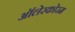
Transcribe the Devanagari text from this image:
ऑलेरकोरम